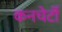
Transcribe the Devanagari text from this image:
कनचेर्टो